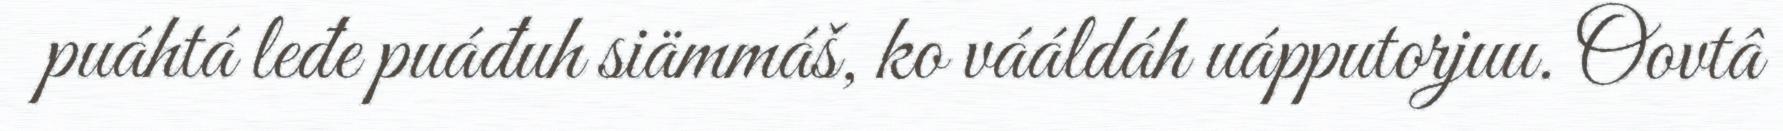
puáhtá leđe puáđuh siämmáš, ko vááldáh uápputorjuu. Oovtâ